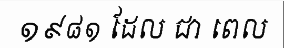
១៩៨១ ដែល ជា ពេល